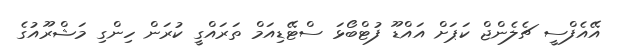
އޭއެފްސީ ޗެލެންޖް ކަޕަށް އައްޑޫ ފުޓްބޯޅަ ސްޓޭޑިއަމް ތަރައްގީ ކުރަން ހިންގި މަޝްރޫއުގެ